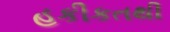
હકીકતથી